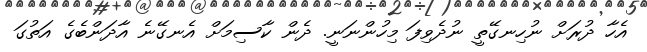
އެހާ ދުރަށް ނުހިނގޭތީ ނުދެވިފަ މިހުންނަނީ. ދެން ކާސިމަށް އެނގޭނެ އާދަންބެގެ އަތުގަ